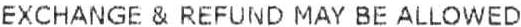
EXCHANGE & REFUND MAY BE ALLOWED